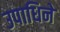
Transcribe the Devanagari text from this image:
उपाधिने